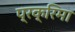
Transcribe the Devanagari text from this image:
प्रक्रिमा